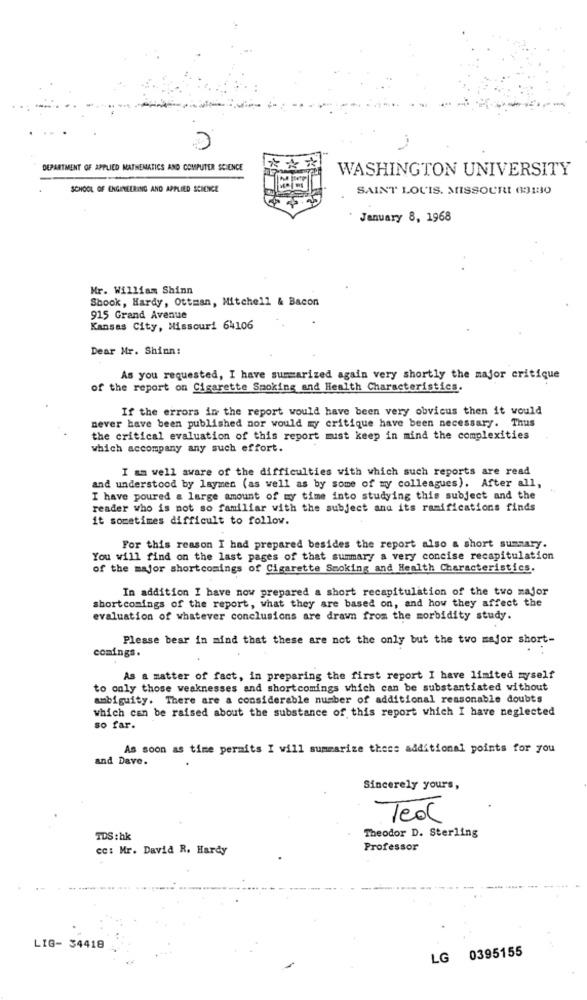
DEPARTMENT OF APPLIED MATHEMATICS AND COMPUTER SCIENCE
WASHINGTON UNIVERSITY
SCHOOL OF ENGINEERING AND APPLIED SCIENCE
129
SAINT LOUIS, MISSOURI 63130
25
January 8, 1968
Mr. William Shinn
Shook, Hardy, Ottman, Mitchell & Bacon
915 Grand Avenue
Kansas City, Missouri 64106
Dear Mr. Shinn:
As you requested, I have summarized again very shortly the major critique
of the report on Cigarette Smoking and Health Characteristics.
If the errors in the report would have been very obvious then it would
never have been published nor would my critique have been necessary. Thus
the critical evaluation of this report must keep in mind the complexities
which accompany any such effort.
I am well aware of the difficulties with which such reports are read
and understood by laymen (as well as by some of my colleagues). After all,
I have poured a large amount of my time into studying this subject and the
reader who is not so familiar with the subject and its ramifications finds
it sometimes difficult to follow.
For this reason I had prepared besides the report also a short summary.
You will find on the last pages of that summary a very concise recapitulation
of the major shortcomings of Cigarette Smoking and Health Characteristics.
In addition I have now prepared a short recapitulation of the two major
shortcomings of the report, what they are based on, and how they affect the
evaluation of whatever conclusions are drawn from the morbidity study.
Please bear in mind that these are not the only but the two major short-
comings.
As a matter of fact, in preparing the first report I have limited myself
to only those weaknesses and shortcomings which can be substantiated without
ambiguity. There are a considerable number of additional reasonable doubts
which can be raised about the substance of this report which I have neglected
so far.
As soon as time permits I will summarize thess additional points for you
and Dave.
Sincerely yours,
Teol
TDS : hk
Theodor D. Sterling
cc: Mr. David R. Hardy
Professor
LIG- 34418
LG 0395155